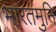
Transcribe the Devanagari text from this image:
भारतमुनि